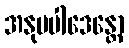
အနုပပါဒေန္တော